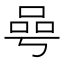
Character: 𠵛